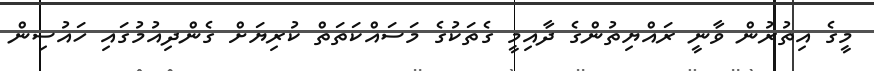
މީގެ އިތުރުން ވާނީ ރައްޔިތުންގެ ދާއިމީ ގެތަކުގެ މަސައްކަތަތް ކުރިޔަށް ގެންދިއުމުގައި ހައުސިން